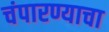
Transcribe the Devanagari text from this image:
चंपारण्याचा